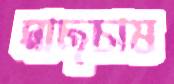
মাছচাষ